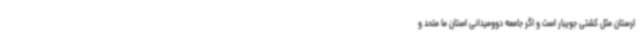
لرستان مثل کشتی جویبار است و اگر جامعه دوومیدانی استان ما متحد و